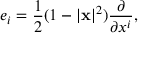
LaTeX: e _ { i } = { \frac { 1 } { 2 } } ( 1 - | \mathbf { x } | ^ { 2 } ) { \frac { \partial } { \partial x ^ { i } } } ,